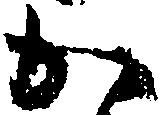
か